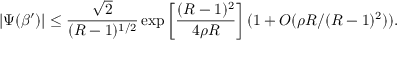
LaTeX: | \Psi ( \beta ^ { \prime } ) | \leq { \frac { \sqrt { 2 } } { ( R - 1 ) ^ { 1 / 2 } } } \exp \left[ { \frac { ( R - 1 ) ^ { 2 } } { 4 \rho R } } \right] ( 1 + O ( \rho R / ( R - 1 ) ^ { 2 } ) ) .